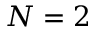
N = 2